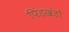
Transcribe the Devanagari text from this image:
पिंडखंडों